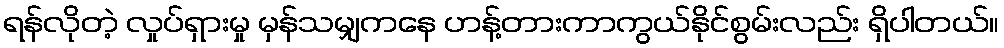
ရန်လိုတဲ့ လှုပ်ရှားမှု မှန်သမျှကနေ ဟန့်တားကာကွယ်နိုင်စွမ်းလည်း ရှိပါတယ်။